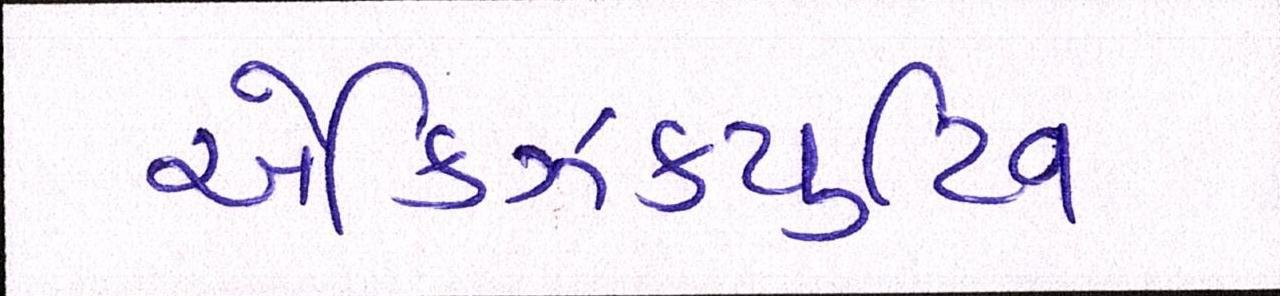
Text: એક્ઝિક્યુટિવ